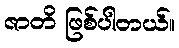
ဇာတိ ဖြစ်ပါတယ်။